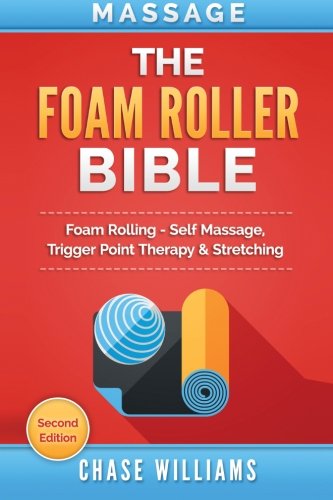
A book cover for Massage: The Foam Roller Bible: Foam Rolling - Self Massage, Trigger Point Therapy & Stretching; Chase Williams; Health, Fitness & Dieting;